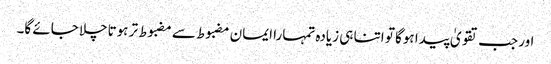
اور جب تقویٰ پیدا ہوگا تو اتنا ہی زیادہ تمہارا ایمان مضبوط سے مضبوط تر ہوتاچلا جائے گا۔